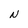
Character: N